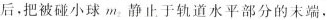
后，把被碰小球m_{2}静止于轨道水平部分的末端，